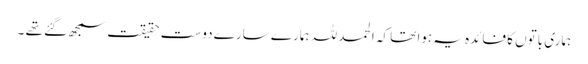
ہماری باتوں کا فائدہ یہ ہوا تھا کہ الحمد للہ ہمارے سارے دوست حقیقت سمجھ گئے تھے ۔